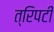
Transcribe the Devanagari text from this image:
त्रिपटी